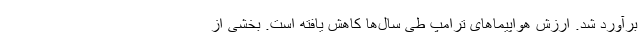
برآورد شد. ارزش هواپیماهای ترامپ طی سال‌ها کاهش یافته است. بخشی از